Annual report of the Civil Veterinary Department, Bengal, for the year 1896-97 - 1896-1897
Year: 1896
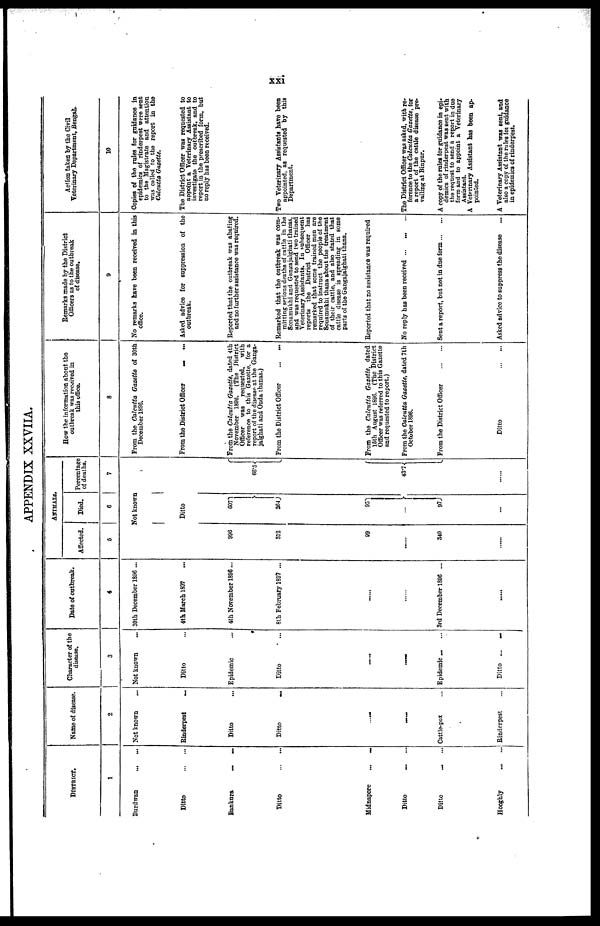
xxi
APPENDIX XXVIIA.
DISTRICT.
1
Burdwan
...
...
Ditto
...
...
Bankura
...
...
Ditto
...
...
Midnapore
...
...
Ditto ... ...
Ditto ... ...
Hooghly
...
...
Name of disease.
2
Not known
Rinderpest
...
Ditto ...
Ditto ...
... ......
......
Cattle-pox ...
Rinderpest ...
Character of the
disease.
3
Not known
Ditto ...
Epidemic ...
Ditto ...
......
....
Epidemic ... ...
Ditto ...
...
Date of outbreak.
4
30th December 1896 ...
4th March 1897 ...
4th November 1896 ...
8th February 1897 ...
.....
......
3rd December 1S96 ...
Affected.
5
996
312
99
....
340
ANIMALS.
Died.
6
Not known
Ditto
607
264
95
...
97
Percentage
of deaths.
7
1
66.5
43.7
How the information about the
outbreak was received in
this office.
8
From the Calcutta Gazette of 30th
December 1896.
From the District Officer
...
...
From the Calcutta Gazette, dated 4th
November 1896. (The District
Officer
was requested,
with
reference to this Gazette, for a
report of the disease at the Ganga-
jalghati and Onda thanas.)
Prom the District Officer
...
...
From the Calcutta Gazette, dated
15th August 1896. (The District
Officer was referred to this Gazette
and requested to report.)
From the Calcutta Gazette, dated 7th
October 1896.
From the District Officer
Ditto
Remarks made by the District
Officers as to the outbreak
of disease.
9
No remarks have been received in this
office.
Asked advice for suppression of the
outbreak.
Reported that the outbreak was abating
and no further assistance was required.
Remarked that the outbreak was com-
mitting serious deaths of cattle in the
Sonamukhi and Gangajalghati thanas,
and was requested to send two trained
Veterinary Assistants. In subsequent
reports the District Officer has
remarked that some trained men are
required to instinct the people of the
Sonamukhi thana about the treatment
of their cattle, and also stated that
cattle disease is spreading in some
parts of the Gangajalghati thana.
Reported that no assistance was required
No reply has been received ... ... ...
Sent a report, but not in due form
Asked advice to suppress the disease
Action taken by the Civil
Veterinary Department, Bengal.
10
Copies of the rules for guidance in
epidemics of rinderpest were sent
to the Magistrate and attention
was called to the report in the
Calcutta Gazette.
The District Officer was requested to
appoint a Veterinary Assistant to
investigate the outbreak, and to
report in the prescribed form, but
no reply has been received.
Two Veterinary Assistants have been
appointed, as requested by this
Department.
The District Officer was asked, with re-
ference to the Calcutta Gazette, for
a report of the cattle disease pre-
vailing at Binpur.
A copy of the rules for guidance in epi-
demics of rinderpest was sent with
the request to send a report in due
form and to appoint a Veterinary
Assistant.
A Veterinary Assistant has been ap-
pointed.
A Veterinary Assistant was sent, and
also a copy of the rules for guidance
in epidemics of rinderpest.